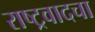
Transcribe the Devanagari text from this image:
राष्ट्रवादचा